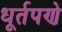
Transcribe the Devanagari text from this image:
धूर्तपणे